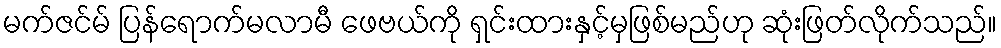
မက်ဇင်မ် ပြန်ရောက်မလာမီ ဖေဗယ်ကို ရှင်းထားနှင့်မှဖြစ်မည်ဟု ဆုံးဖြတ်လိုက်သည်။